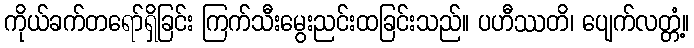
ကိုယ်ခက်တရော်ရှိခြင်း ကြက်သီးမွေးညင်းထခြင်းသည်။ ပဟီဿတိ၊ ပျေက်လတ္တံ့။